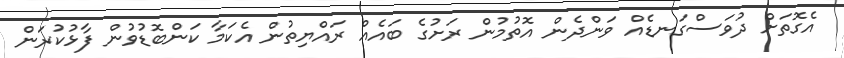
އެގޮތަށް ދުވަސްގަނޑެއް ވަންދެން އޮތުމުން ރަށުގެ ބައެއް ރައްޔިތުން އެކަމާ ކަންބޮޑުވުން ފާޅުކުރަން